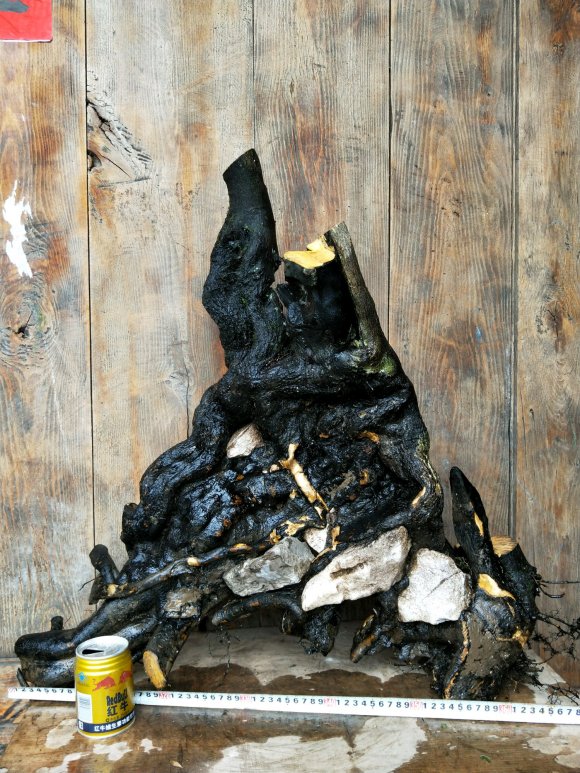
三月残花落更开，小檐日日燕飞来。